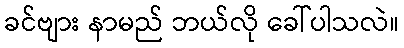
ခင်ဗျား နာမည် ဘယ်လို ခေါ်ပါသလဲ။